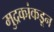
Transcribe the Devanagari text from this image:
मुद्रकांकडून